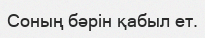
Соның бәрін қабыл ет.